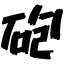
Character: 砲